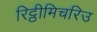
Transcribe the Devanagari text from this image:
रिट्ठीमिचरिउ